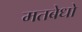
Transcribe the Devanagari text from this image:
मतबेधो